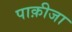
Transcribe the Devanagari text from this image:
पाक़ीजा